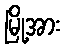
မြို့အား